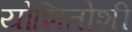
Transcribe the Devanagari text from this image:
योशितोशी